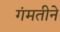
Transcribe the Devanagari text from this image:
गंमतीने